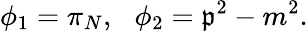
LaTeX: \phi_{1}=\pi_{N},\: \: \: \phi_{2}=\mathfrak{p}^{2}-m^{2}.